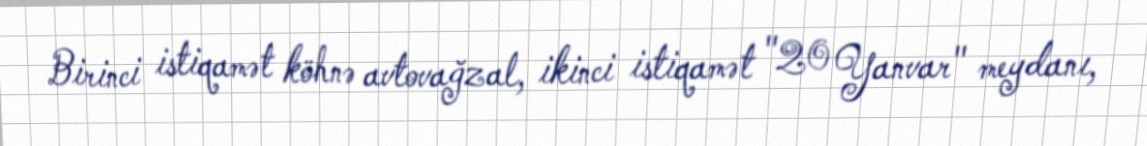
Birinci istiqamət köhnə avtovağzal, ikinci istiqamət "20 Yanvar" meydanı,